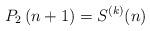
LaTeX: \begin{align*}P_2\left(n+1\right)=S^{(k)}(n)\end{align*}